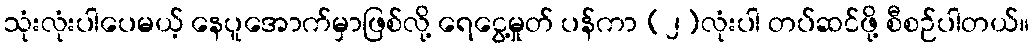
သုံးလုံးပါပေမယ့် နေပူအောက်မှာဖြစ်လို့ ရေငွေ့မှုတ် ပန်ကာ (၂)လုံးပါ တပ်ဆင်ဖို့ စီစဉ်ပါတယ်။